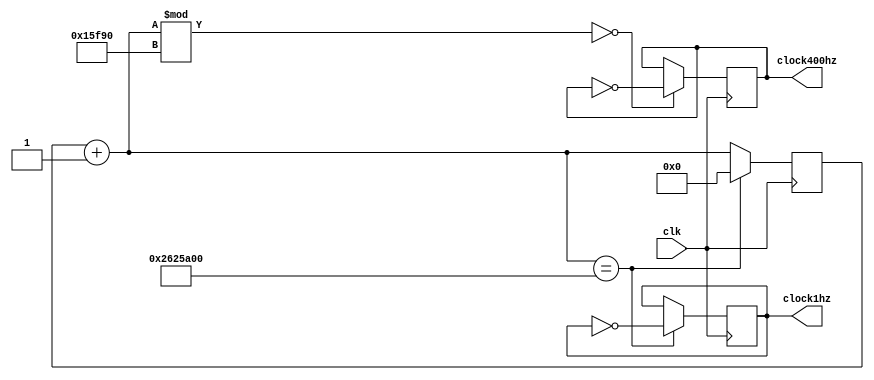
`timescale 1ns / 1ps
//////////////////////////////////////////////////////////////////////////////////
// Company: 
// Engineer: 
// 
// Design Name: 
// Module Name: clock400
// Project Name: 
// Target Devices: 
// Tool Versions: 
// Description: 
// 
// Dependencies: 
// 
// Revision:
// Revision 0.01 - File Created
// Additional Comments:
// 
//////////////////////////////////////////////////////////////////////////////////


module clockgen(clk,clock1hz, clock400hz);
    input clk;
    output clock1hz, clock400hz;
reg [26:0] counter;
reg clock1hz, clock400hz;  
    always @ (posedge clk)
  begin
	  counter = counter +1;
	  if (counter % 90_000 == 0)
		begin
			clock400hz = ~clock400hz;
		end
      if (counter == 40_000_000)
      begin
        clock1hz = ~clock1hz;
        counter =0;
      end
 
   end
endmodule